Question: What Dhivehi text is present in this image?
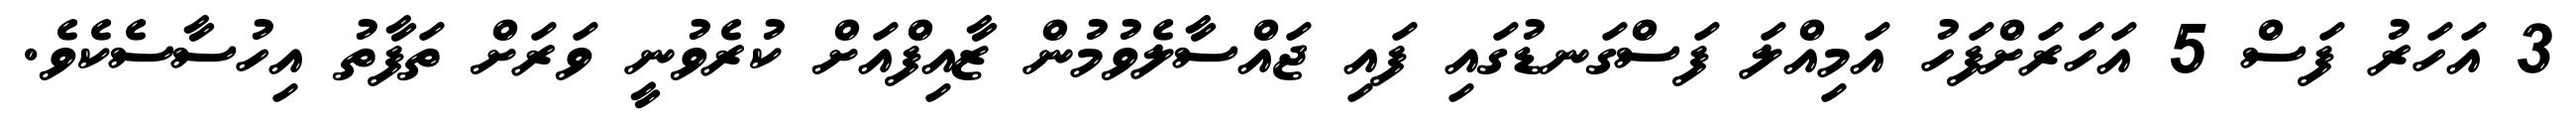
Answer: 3 އަހަރު ފަސް 5 އަހަރަށްފަހު އަމިއްލަ ފަސްގަނޑުގައި ފައި ޖައްސާލެވުމުން ޒާއިފްއަށް ކުރެވުނީ ވަރަށް ތަފާތު އިހުސާސެކެވެ.